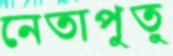
নেতাপুতু